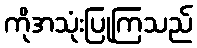
ကိုအသုံးပြုကြသည်